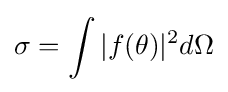
\sigma =\int |f(\theta )|^{2}d\Omega